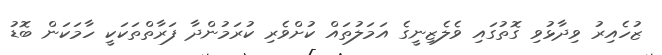
ޒުހެއިރު ވިދާޅުވި ގޮތުގައި ވެލެޒިނީގެ އަމަލުތައް ކުށްވެރި ކުރަމުންދާ ފަރާތްތަކަކީ ހާމަކަން ބޮޑު